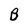
Character: B